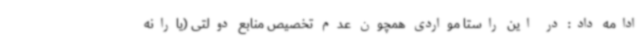
ادامه داد: در این راستا مواردی همچون عدم تخصیص منابع دولتی (یارانه